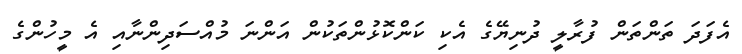
އެފަދަ ތަންތަން ފުރާލީ ދުނިޔޭގެ އެކި ކަންކޮޅުންތަކުން އަންނަ މުއްސަދިންނާއި އެ މީހުންގެ